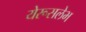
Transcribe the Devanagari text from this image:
येरूसलेभ